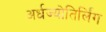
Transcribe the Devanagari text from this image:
अर्धज्योतिर्लिंग